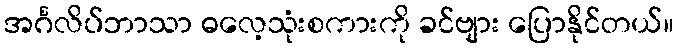
အင်္ဂလိပ်ဘာသာ ဓလေ့သုံးစကားကို ခင်ဗျား ပြောနိုင်တယ်။